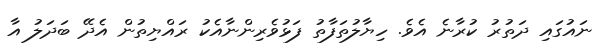
ނައުގައި ދަތުރު ކުރާނެ އެވެ. ހިޔާލުތަފާތު ފަޅުވެރިންނާއެކު ރައްޔިތުން އެދޭ ބަދަލު އާ